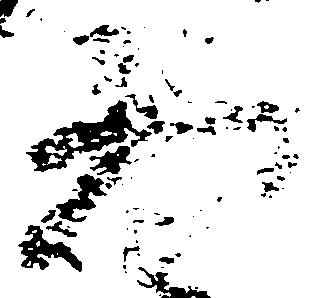
恐